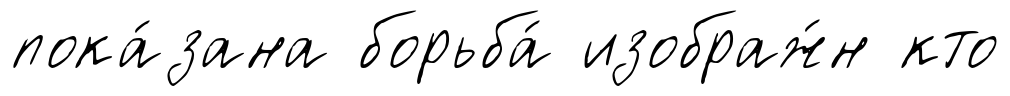
пока́зана борьба́ изображ́н кто